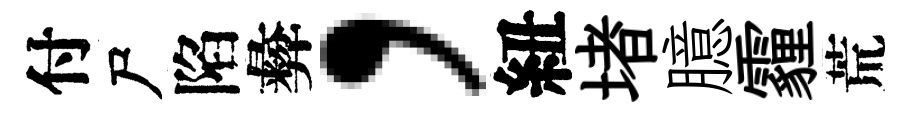
付尸陷彜，紐堵臆霾荒